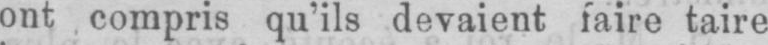
ont compris qu’ils devaient faire taire